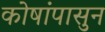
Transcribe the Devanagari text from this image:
कोषांपासुन